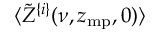
\langle \tilde { Z } ^ { \{ i \} } ( \nu , z _ { \mathrm { m p } } , 0 ) \rangle